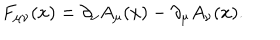
LaTeX: F _ { \mu \nu } ( x ) = \partial _ { \nu } A _ { \mu } ( x ) - \partial _ { \mu } A _ { \nu } ( x ) .